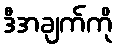
ဒီအချက်ကို